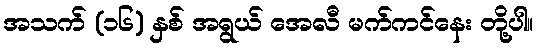
အသက် (၁၆) နှစ် အရွယ် အေလီ မက်ကင်နေး တို့ပါ။